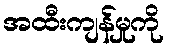
အထီးကျန်မှုကို